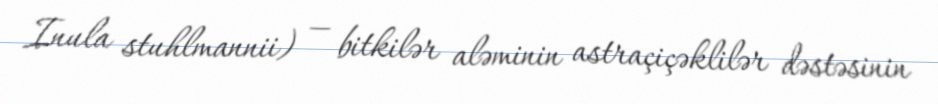
Inula stuhlmannii) — bitkilər aləminin astraçiçəklilər dəstəsinin